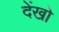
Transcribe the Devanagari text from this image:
देंखो